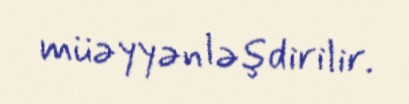
müəyyənləşdirilir.